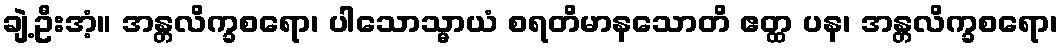
ချဲ့ဦးအံ့။ အန္တလိက္ခစရော၊ ပါသောသ္မာယံ စရတိမာနသောတိ ဧတ္ထ ပန၊ အန္တလိက္ခစရော၊